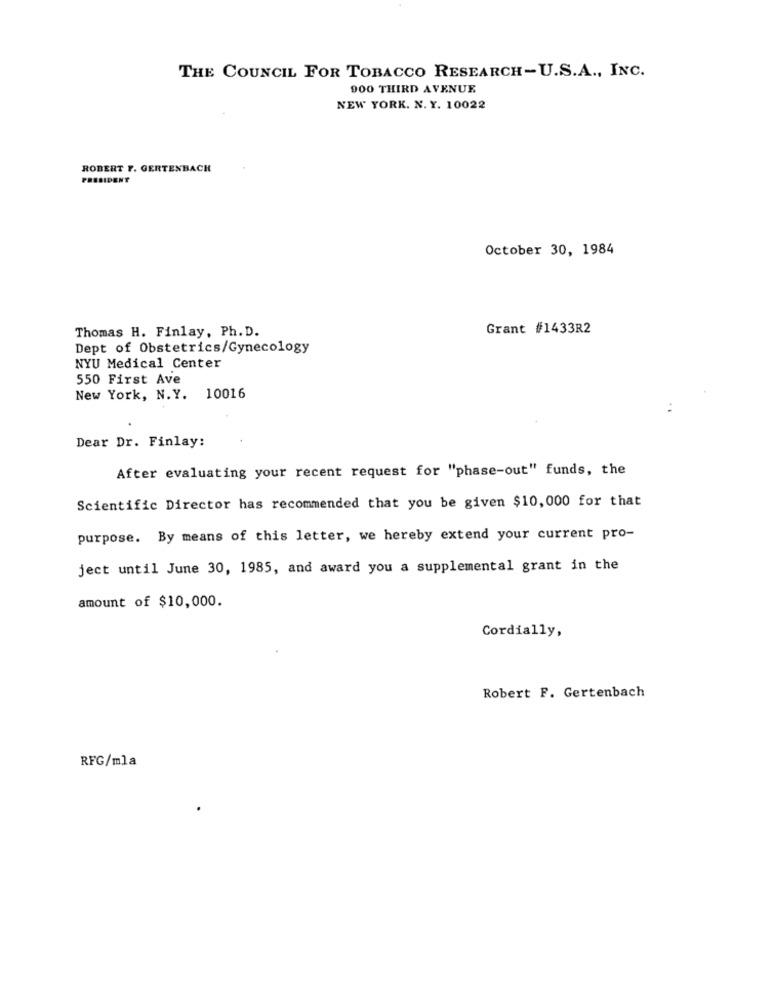
THE COUNCIL FOR TOBACCO RESEARCH-U.S.A ., INC.
900 THIRD AVENUE
NEW YORK. N. Y. 10022
ROBERT F. GERTENBACH
PRESIDENT
October 30, 1984
Thomas H. Finlay, Ph. D.
Grant #1433R2
Dept of Obstetrics/Gynecology
NYU Medical Center
550 First Ave
New York, N.Y. 10016
Dear Dr. Finlay:
After evaluating your recent request for "phase-out" funds, the
Scientific Director has recommended that you be given $10, 000 for that
purpose. By means of this letter, we hereby extend your current pro-
ject until June 30, 1985, and award you a supplemental grant in the
amount of $10,000.
Cordially,
Robert F. Gertenbach
RFG/mla